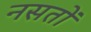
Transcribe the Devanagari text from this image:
नसतों